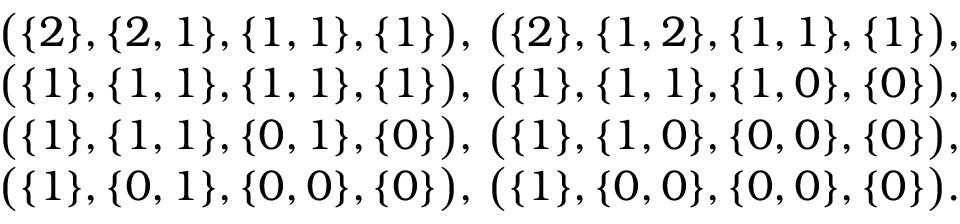
\begin{array} { r l } & { \big ( \{ 2 \} , \{ 2 , 1 \} , \{ 1 , 1 \} , \{ 1 \} \big ) , \, \big ( \{ 2 \} , \{ 1 , 2 \} , \{ 1 , 1 \} , \{ 1 \} \big ) , } \\ & { \big ( \{ 1 \} , \{ 1 , 1 \} , \{ 1 , 1 \} , \{ 1 \} \big ) , \, \big ( \{ 1 \} , \{ 1 , 1 \} , \{ 1 , 0 \} , \{ 0 \} \big ) , } \\ & { \big ( \{ 1 \} , \{ 1 , 1 \} , \{ 0 , 1 \} , \{ 0 \} \big ) , \, \big ( \{ 1 \} , \{ 1 , 0 \} , \{ 0 , 0 \} , \{ 0 \} \big ) , } \\ & { \big ( \{ 1 \} , \{ 0 , 1 \} , \{ 0 , 0 \} , \{ 0 \} \big ) , \, \big ( \{ 1 \} , \{ 0 , 0 \} , \{ 0 , 0 \} , \{ 0 \} \big ) . } \end{array}